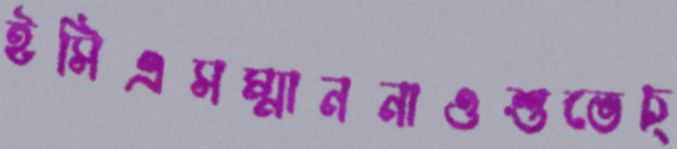
ইসিএসম্মাননাওশুভেচ্